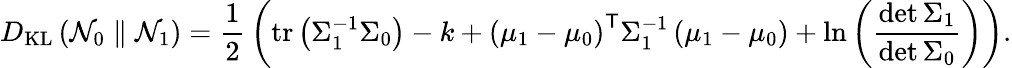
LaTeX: D_{\mathrm{KL}}\left({\mathcal{N}}_{0}\parallel{\mathcal{N}}_{1}\right)={\frac{1}{2}}\left(\operatorname{tr}\left(\Sigma_{1}^{-1}\Sigma_{0}\right)-k+\left(\mu_{1}-\mu_{0}\right)^{\mathsf{T}}\Sigma_{1}^{-1}\left(\mu_{1}-\mu_{0}\right)+\ln\left({\frac{\operatorname*{det}\Sigma_{1}}{\operatorname*{det}\Sigma_{0}}}\right)\right).